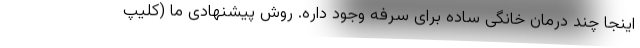
اینجا چند درمان خانگی ساده برای سرفه وجود داره. روش پیشنهادی ما (کلیپ